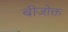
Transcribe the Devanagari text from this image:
बीजोक्त